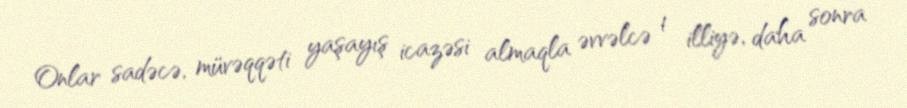
Onlar sadəcə, müvəqqəti yaşayış icazəsi almaqla əvvəlcə 1 illiyə, daha sonra